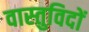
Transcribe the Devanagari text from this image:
वास्‍तुविदों